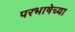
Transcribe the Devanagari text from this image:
परभाषेच्या